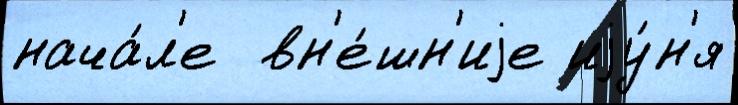
нача́л'е  вн'е́шн'иjе иjу́н'я